Vaccination in Bombay 1869-1873 - 1869-1873
Year: 1869
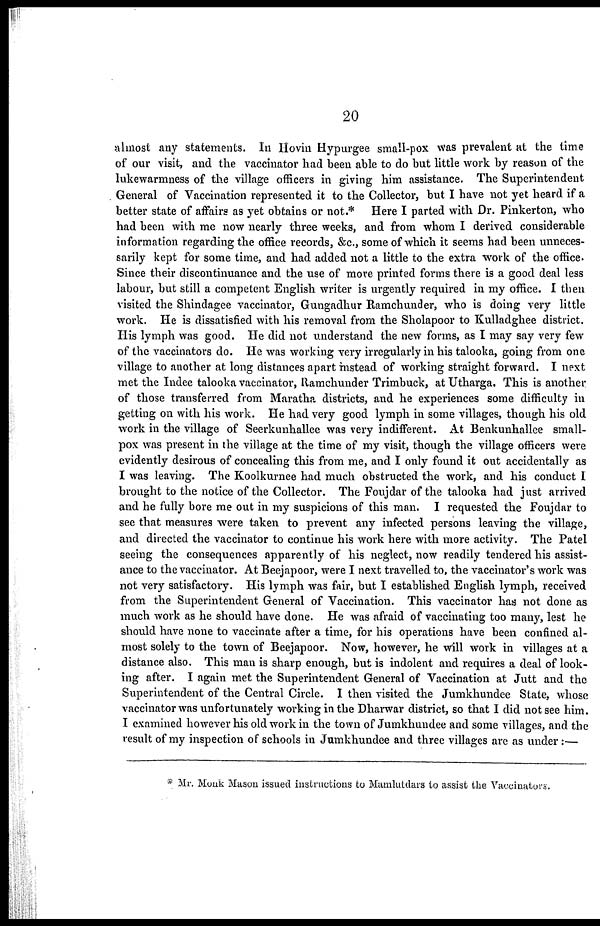
20
almost any statements. In Hovin Hypurgee small-pox was prevalent at the time
of our visit, and the vaccinator had been able to do but little work by reason of the
lukewarmness of the village officers in giving him assistance. The Superintendent
General of Vaccination represented it to the Collector, but I have not yet heard if a
better state of affairs as yet obtains or not.* Here I parted with Dr. Pinkerton, who
had been with me now nearly three weeks, and from whom I derived considerable
information regarding the office records, &c., some of which it seems had been unneces-
sarily kept for some time, and had added not a little to the extra work of the office.
Since their discontinuance and the use of more printed forms there is a good deal less
labour, but still a competent English writer is urgently required in my office. I then
visited the Shindagee vaccinator, Gungadhur Ramchunder, who is doing very little
work. He is dissatisfied with his removal from the Sholapoor to Kulladghee district.
His lymph was good. He did not understand the new forms, as I may say very few
of the vaccinators do. He was working very irregularly in his talooka, going from one
village to another at long distances apart instead of working straight forward. I next
met the Indee talooka vaccinator, Ramchunder Trimbuck, at Utharga. This is another
of those transferred from Maratha districts, and he experiences some difficulty in
getting on with his work. He had very good lymph in some villages, though his old
work in the village of Seerkunhallee was very indifferent. At Benkunhallee small-
pox was present in the village at the time of my visit, though the village officers were
evidently desirous of concealing this from me, and I only found it out accidentally as
I was leaving. The Koolkurnee had much obstructed the work, and his conduct I
brought to the notice of the Collector. The Foujdar of the talooka had just arrived
and he fully bore me out in my suspicions of this man. I requested the Foujdar to
see that measures were taken to prevent any infected persons leaving the village,
and directed the vaccinator to continue his work here with more activity. The Patel
seeing the consequences apparently of his neglect, now readily tendered his assist-
ance to the vaccinator. At Beejapoor, were I next travelled to, the vaccinator's work was
not very satisfactory. His lymph was fair, but I established English lymph, received
from the Superintendent General of Vaccination. This vaccinator has not done as
much work as he should have done. He was afraid of vaccinating too many, lest he
should have none to vaccinate after a time, for his operations have been confined al-
most solely to the town of Beejapoor. Now, however, he will work in villages at a
distance also. This man is sharp enough, but is indolent and requires a deal of look-
ing after. I again met the Superintendent General of Vaccination at Jutt and the
Superintendent of the Central Circle. I then visited the Jumkhundee State, whose
vaccinator was unfortunately working in the Dharwar district, so that I did not see him.
I examined however his old work in the town of Jumkhundee and some villages, and the
result of my inspection of schools in Jumkhundee and three villages are as under:—
* Mr. Monk Mason issued instructions to Mamlutdars to assist the Vaccinators.